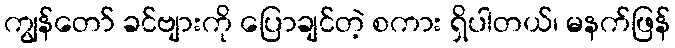
ကျွန်တော် ခင်ဗျားကို ပြောချင်တဲ့ စကား ရှိပါတယ်၊ မနက်ဖြန်